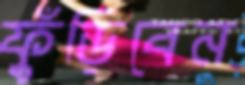
ফুঁড়িবেন